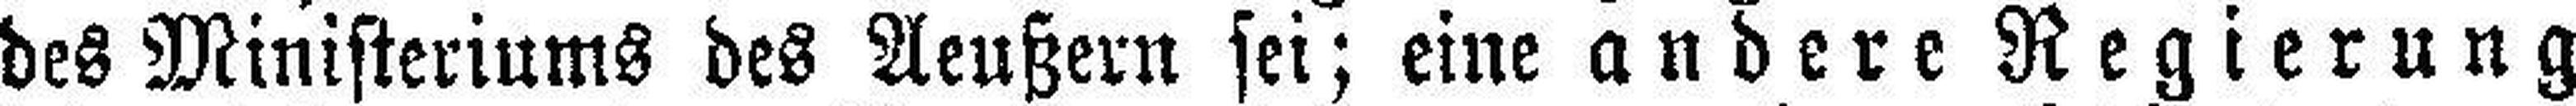
des Ministeriums des Aeußern sei; eine andere Regierung